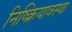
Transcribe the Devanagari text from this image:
निष्क्रियावस्था